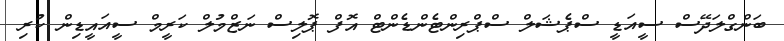
ބަންގްލަދޭސް ސީއަޑީ ސްޕެޝަލް ސްޕްރިންޓެންޑެންޓް އޮފް ޕޮލިސް ނަޒްމުލް ކަރީމް ސީއައީޑިން ކުރި